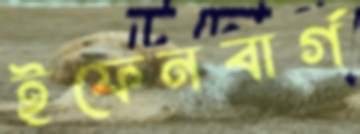
ইফেনবার্গ